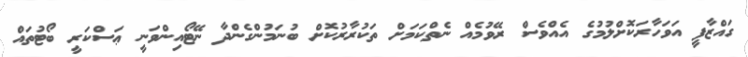
ގައްޒާފީ އަވަހާރަކޮށްލުމުގެ އެއްވެސް ރޭވުމެއް ނެތްކަމަށް ތަކުރާރުކޮށް ބުނަމުންގެންދާ ނޭޓޯއިންވަނީ ޢަސްކަރީ ބޯޓުތައް